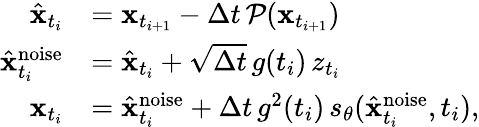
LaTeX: \begin{array}{rl}{\hat{\mathbf{x}}_{t_{i}}}&{=\mathbf{x}_{t_{i+1}}-\Delta t\, \mathcal{P}(\mathbf{x}_{t_{i+1}})}\\ {\hat{\mathbf{x}}_{t_{i}}^{\mathrm{noise}}}&{=\hat{\mathbf{x}}_{t_{i}}+\sqrt{\Delta t}\, g(t_{i})\, z_{t_{i}}}\\ {\mathbf{x}_{t_{i}}}&{=\hat{\mathbf{x}}_{t_{i}}^{\mathrm{noise}}+\Delta t\, g^{2}(t_{i})\, s_{\theta}(\hat{\mathbf{x}}_{t_{i}}^{\mathrm{noise}},t_{i}),}\end{array}